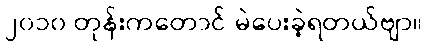
၂၀၁၀ တုန်းကတောင် မဲပေးခဲ့ရတယ်ဗျာ။